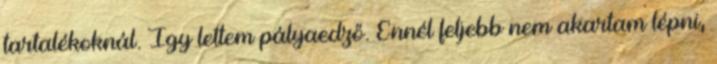
tartalékoknál. Így lettem pályaedző. Ennél feljebb nem akartam lépni,